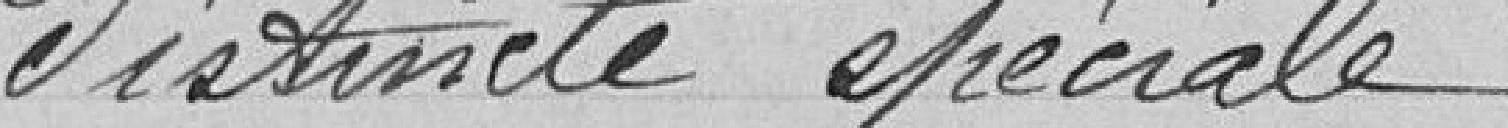
distincte spéciale.